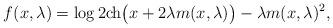
LaTeX: \begin{align*}f(x,\lambda)&=\log 2\mathrm{ch}\bigl(x+2\lambda m(x,\lambda)\bigr)-\lambda m(x,\lambda)^2,\end{align*}